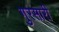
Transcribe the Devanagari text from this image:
गुरसारी